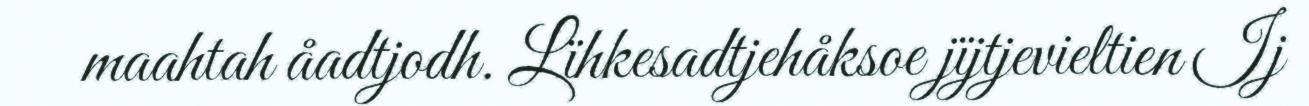
maahtah åadtjodh. Lïhkesadtjehåksoe jïjtjevieltien Ij